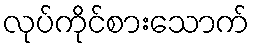
လုပ်ကိုင်စားသောက်